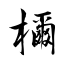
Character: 檷